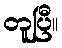
တူပြီ။